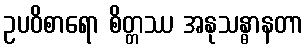
ဥပဝိစာရော စိတ္တဿ အနုသန္ဓာနတာ